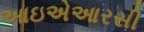
આઇએઆરસી